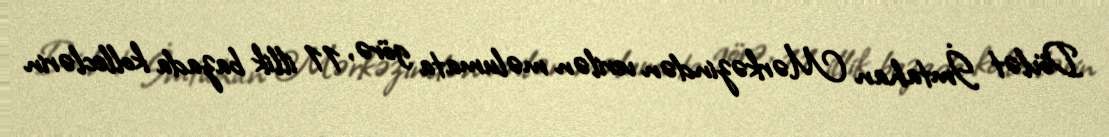
Dövlət İmtahan Mərkəzindən verilən məlumata görə, 11 illik bazada kolleclərin